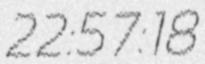
22:57:18